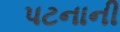
પટનાની